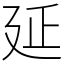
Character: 延